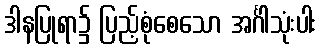
ဒါနပြုရာ၌ ပြည့်စုံစေသော အင်္ဂါသုံးပါး